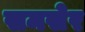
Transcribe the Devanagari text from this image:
समसेर